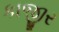
કાજીર